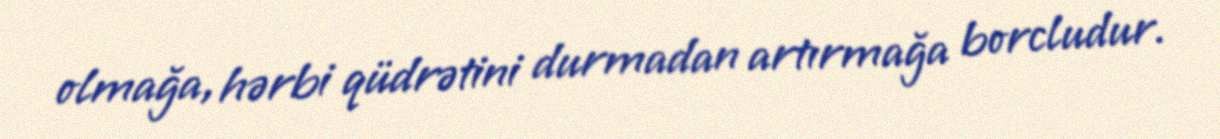
olmağa, hərbi qüdrətini durmadan artırmağa borcludur.